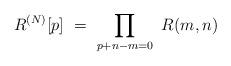
LaTeX: \begin{align*}R^{(N)} [p]\ =\ \prod_{p+n-m = 0}\ R(m, n)\end{align*}